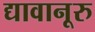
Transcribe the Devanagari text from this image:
द्यावानूरु